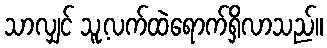
သာလျှင် သူ့လက်ထဲရောက်ရှိလာသည်။